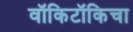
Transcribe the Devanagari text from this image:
वॉकिटॉकिचा